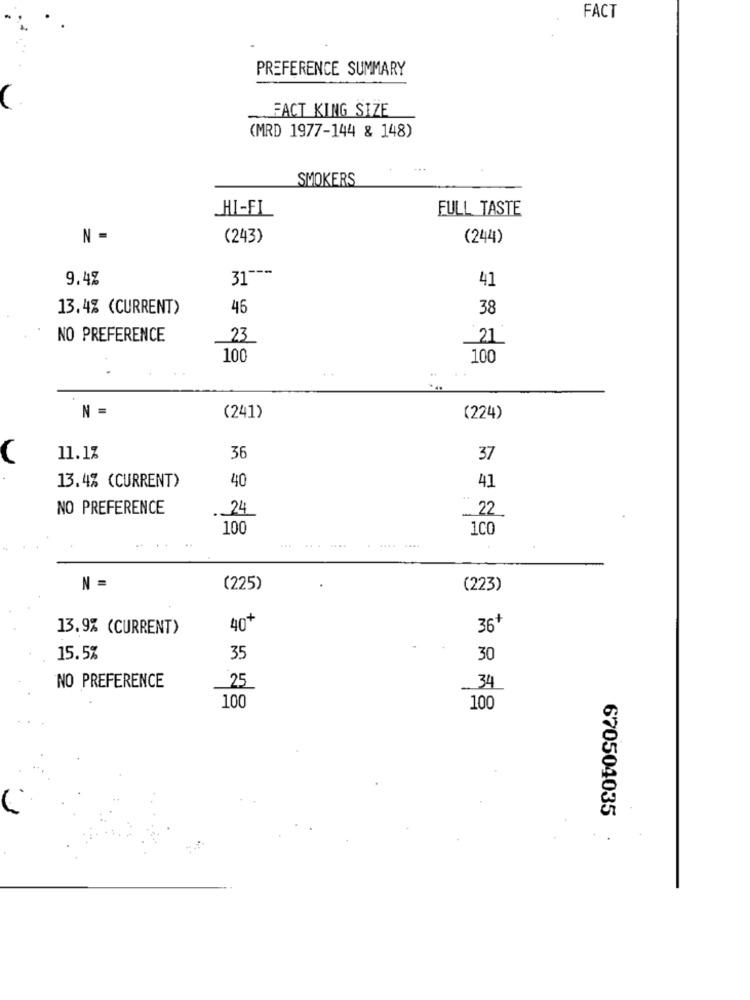
FACT
PREFERENCE SUMMARY
FACT KING SIZE
(MRD 1977-144 & 148)
SMOKERS
HI-FL
FULL TASTE
N =
(243)
(244)
9.4%
31 ---
41
13.4% (CURRENT)
46
38
NO PREFERENCE
23
21
100
100
N =
(241)
(224)
11.1%
36
37
40
13.4% (CURRENT)
41
NO PREFERENCE
. 24
22
100
1CO
N =
(225)
(223)
13.9% (CURRENT)
40+
36+
15.5%
35
30
NO PREFERENCE
25
.. 34
100
100
670504035